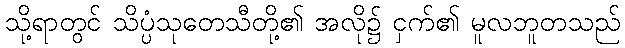
သို့ရာတွင် သိပ္ပံသုတေသီတို့၏ အလို၌ ငှက်၏ မူလဘူတသည်